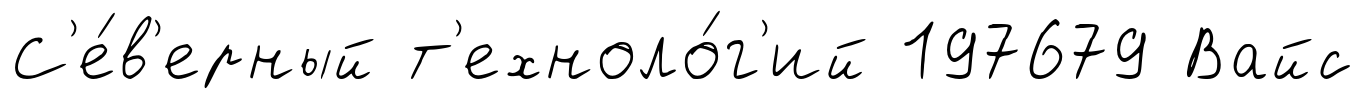
С'е́в'ерный т'ехноло́г'ий 197679 Вайс